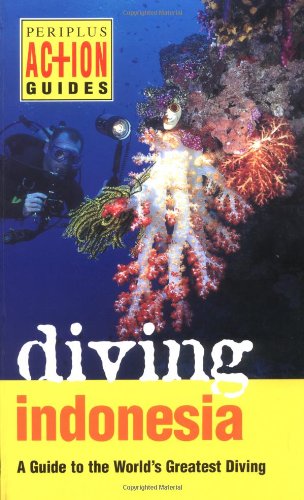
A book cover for Diving Indonesia: A Guide to the World's Greatest Diving (Periplus Action Guides); Kal Muller; Travel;